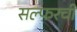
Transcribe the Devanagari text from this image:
सल्फरची